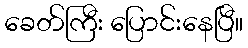
ခေတ်ကြီး ပြောင်းနေပြီ။